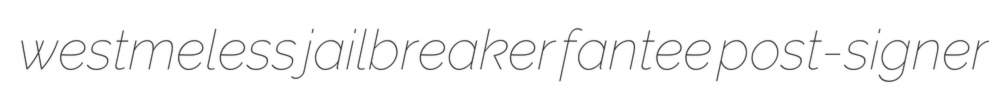
westmeless jailbreaker fantee post-signer